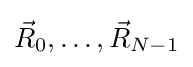
{\vec {R}}_{0},\dots ,{\vec {R}}_{N-1}